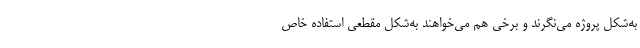
به‌شکل پروژه می‌نگرند و برخی‌ هم می‌خواهند به‌شکل مقطعی استفاده خاص